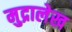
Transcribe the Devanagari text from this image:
मुद्रालेख